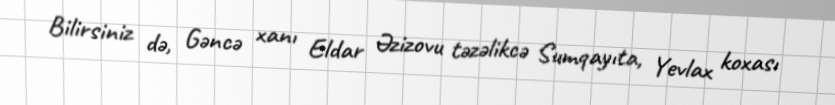
Bilirsiniz də, Gəncə xanı Eldar Əzizovu təzəlikcə Sumqayıta, Yevlax koxası